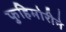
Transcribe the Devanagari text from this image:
फुहिमोरीने